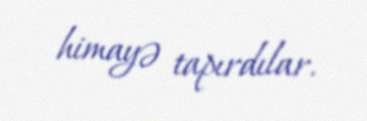
himayə tapırdılar.